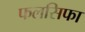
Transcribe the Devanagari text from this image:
फलसिफा